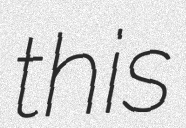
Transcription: this